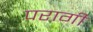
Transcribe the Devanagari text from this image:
परागी